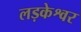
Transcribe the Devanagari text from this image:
लड़केश्वर